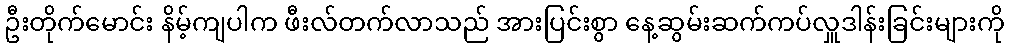
ဦးတိုက်မောင်း နိမ့်ကျပါက ဖီးလ်တက်လာသည် အားပြင်းစွာ နေ့ဆွမ်းဆက်ကပ်လှူဒါန်းခြင်းများကို